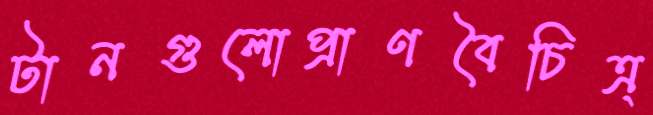
টানগুলোপ্রাণবৈচিত্র্